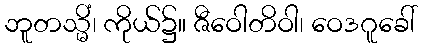
ဘူတသ္မိံ၊ ကိုယ်၌။ ဇီဝေါတိဝါ၊ ဝေဒဂူခေါ်